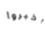
أخبروا